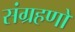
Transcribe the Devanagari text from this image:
संग्रहणों